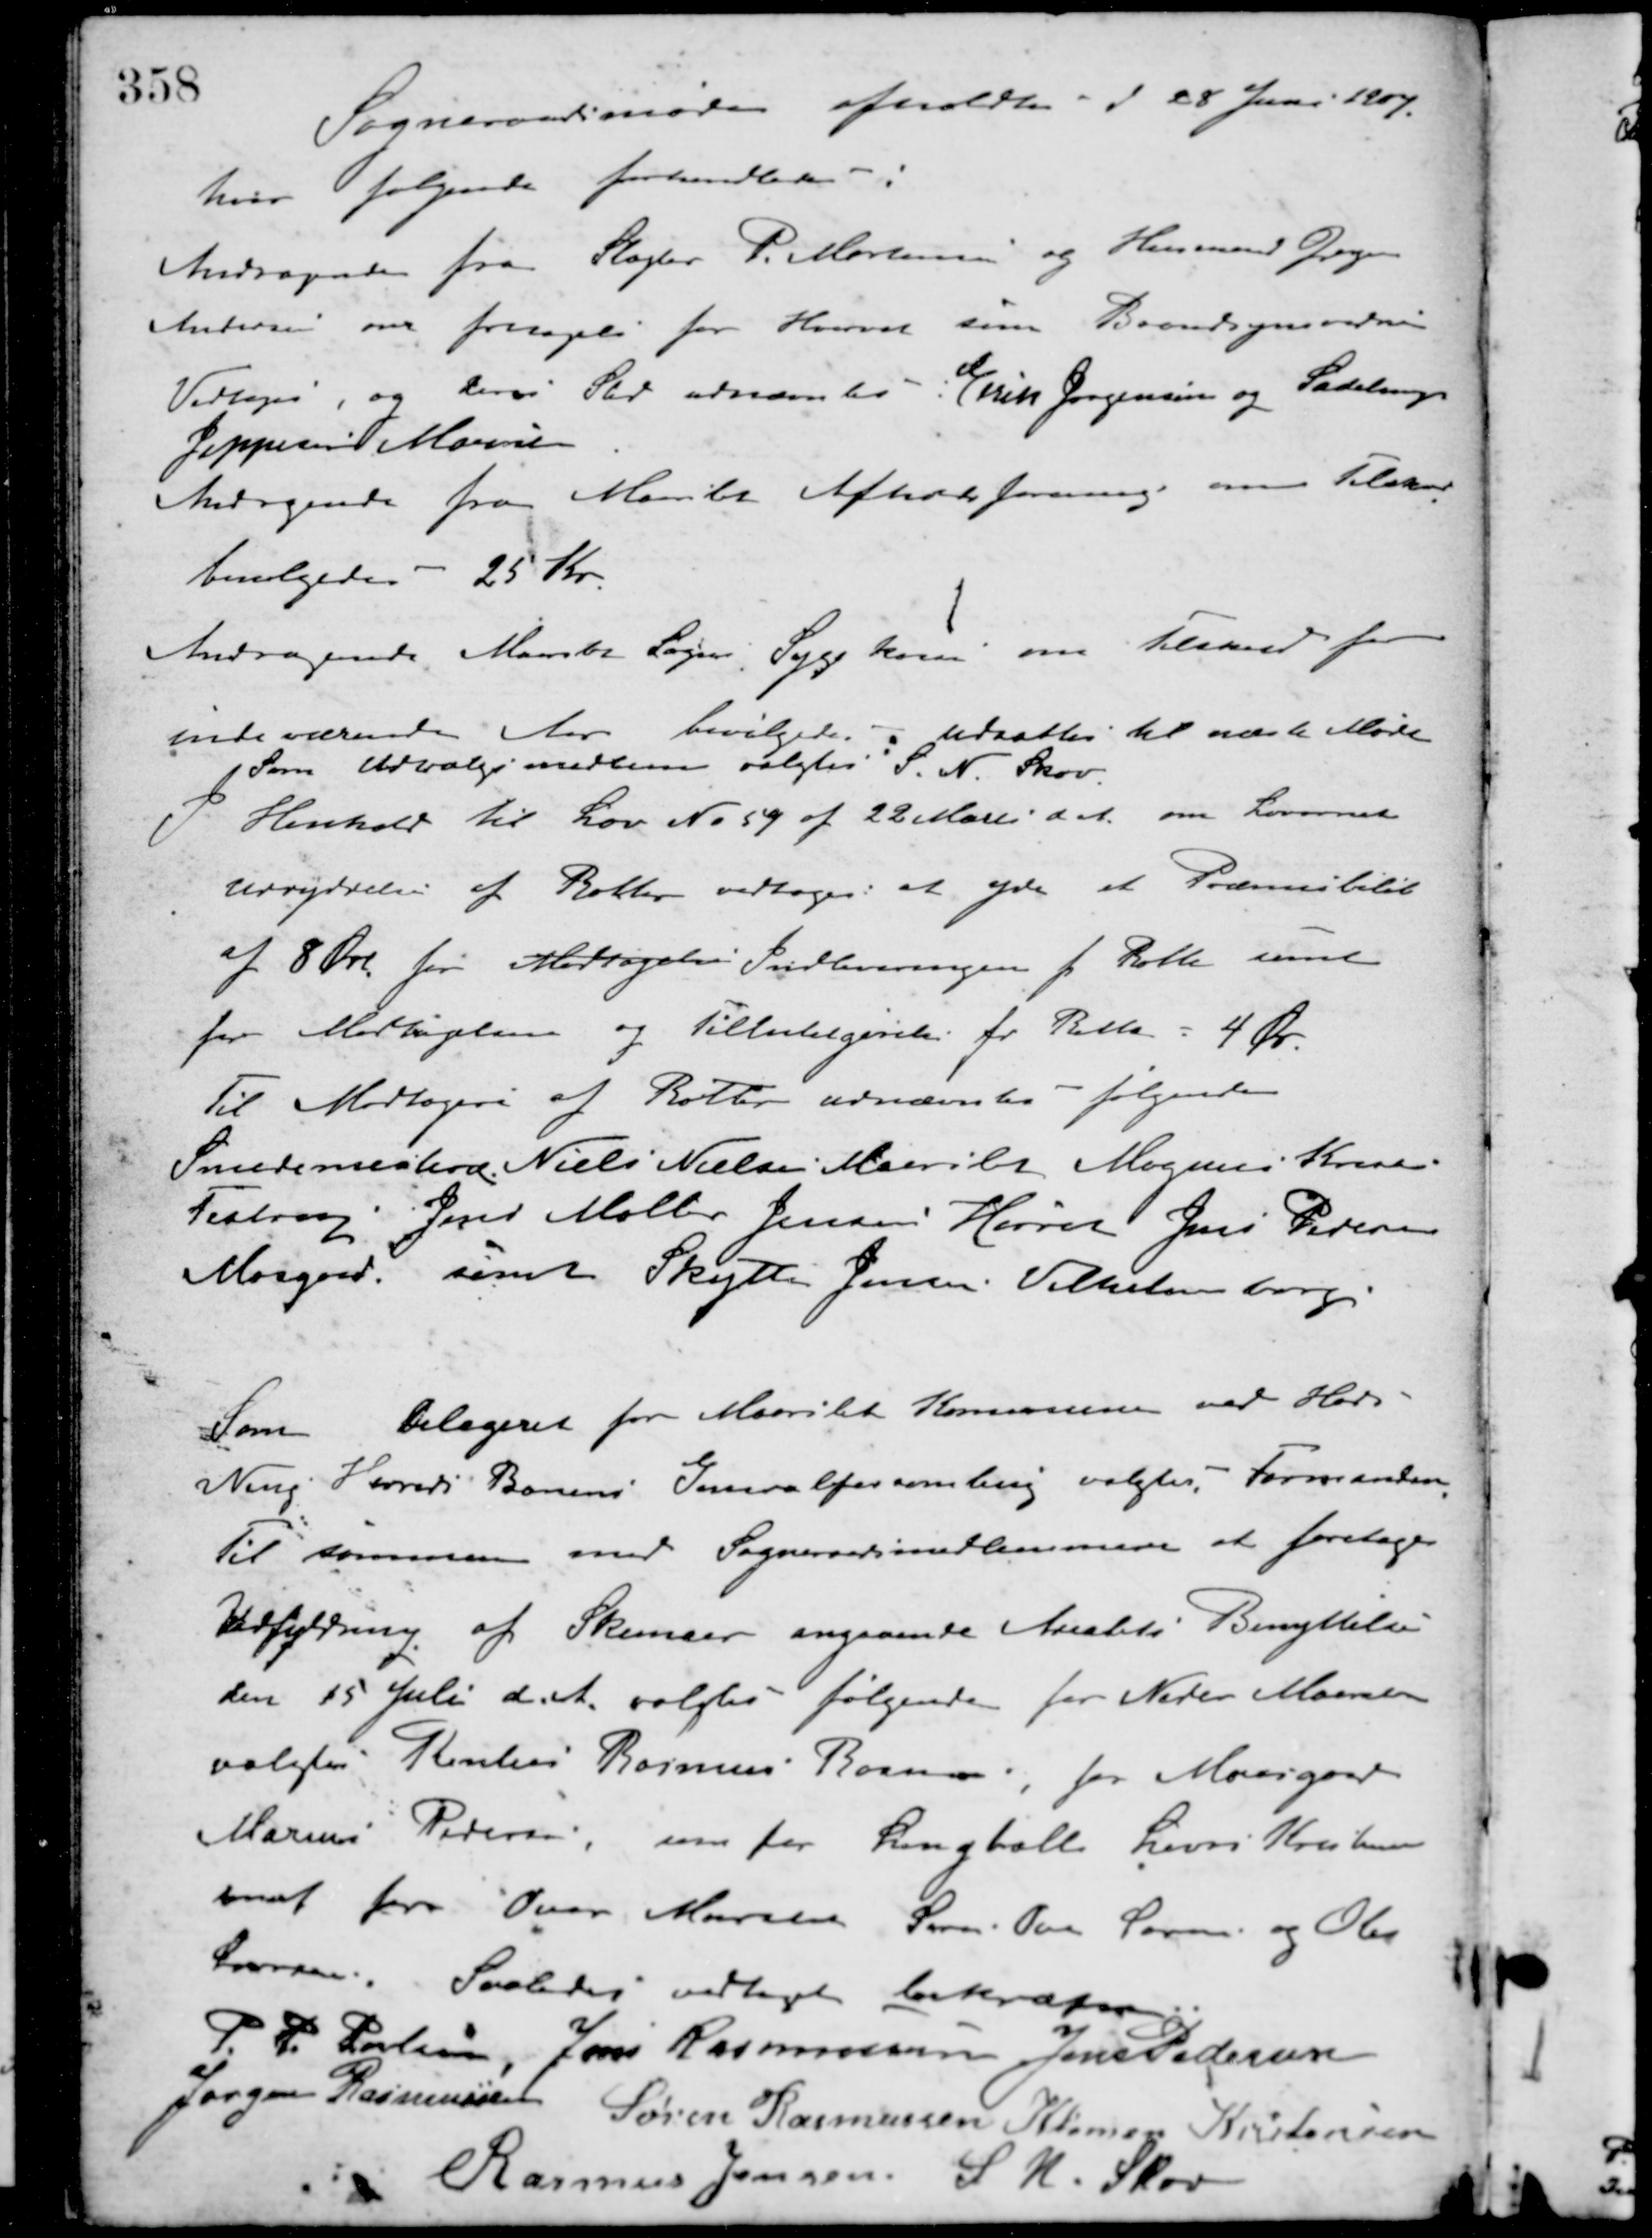
Transskription:
Sogneraadsmøde afholdtes d. 28 Juni 1907
hvor følgende forhandledes:
Andragende fra Slagter P. Mortensen og Husmand Gregers
Andersen om fritagelse for Hvervet som Brandsynsvidner.
Vedtoges, og deres Sted udnævntes: Erik Jørgensen og Sadelmager
Jeppesen Maarslet.
Andragende fra Maarslet Afholdsforening om Tilskud
bevilgedes 25 Kr.
Andragende Maarslet Sogns Sygekasse om tilskud for
indeværende Aar bevilgedes - udsattes til næste Møde.
Som Udvalgsmedlem valgtes S. N. Skov.
I Henhold til Lov No 57 af 22 Marts d. A. om Lovennet
udryddelse af Rotter vedtoges: at yde et Præmiebeløb
af 8 Øre for Modtagelse Indleveringen pr. Rotte samt
for Modtagelsen og Tilintetgørelse pr. Rotte = 4 Øre.
Til Modtagere af Rotter udnævntes følgende
Smedemester Niels Nielsen Marslet Mogens Kristensen
Testrup Jens Møller Jensen Hørret Jens Pedersen
Moesgaard samt Skytte Jensen Vilhelmsborg.
Som Delegeret for Maarslet Kommune ved Hads -
Ning Herreds Banens Generalforsamling valgtes Formanden.
Til sammen med Sogneraadsmedlemmer at foretage
Udfyldning af Skemaer angaaende Arealets Benyttelse
den 15 Juli d. A. valgtes følgende for Neder Maarslet
valgtes Rentier Rasmus Rasmussen for Moesgaard
Marius Pedersen, som for Langballe Laurs Kristensen
samt for Over Maarslet Søren Ove Sørensen og Ole
Laursen. Saaledes vedtaget bekræftes
P. P. Poulsen Jens Rasmussen Jens Pedersen
Jørgen Rasmussen Søren Rasmussen Klemen Kristensen
Rasmus Jensen S. N. Skov